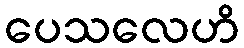
ပေသလေဟိ